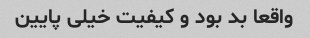
واقعا بد بود و کیفیت خیلی پایین